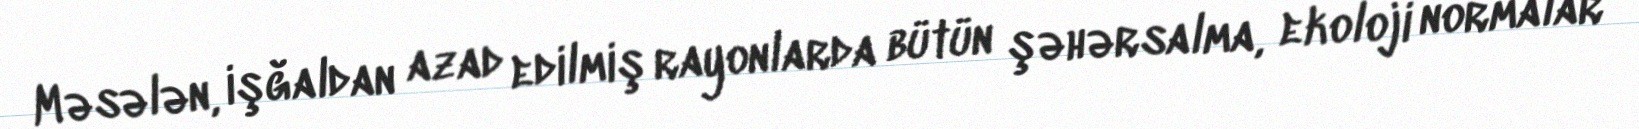
Məsələn, işğaldan azad edilmiş rayonlarda bütün şəhərsalma, ekoloji normalar